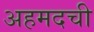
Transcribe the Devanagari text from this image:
अहमदची